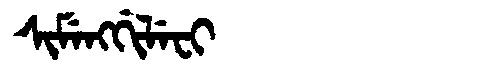
Manchu: ᠰᡳᠮᡝᠩᡤᡳᠯᡝᠸᡳ
Romanization: SIMENGGILEFI